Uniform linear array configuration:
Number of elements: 64
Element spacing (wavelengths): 0.5
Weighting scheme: binomial
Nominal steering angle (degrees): -30
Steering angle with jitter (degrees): -30.433
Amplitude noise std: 0.05
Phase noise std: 0.05

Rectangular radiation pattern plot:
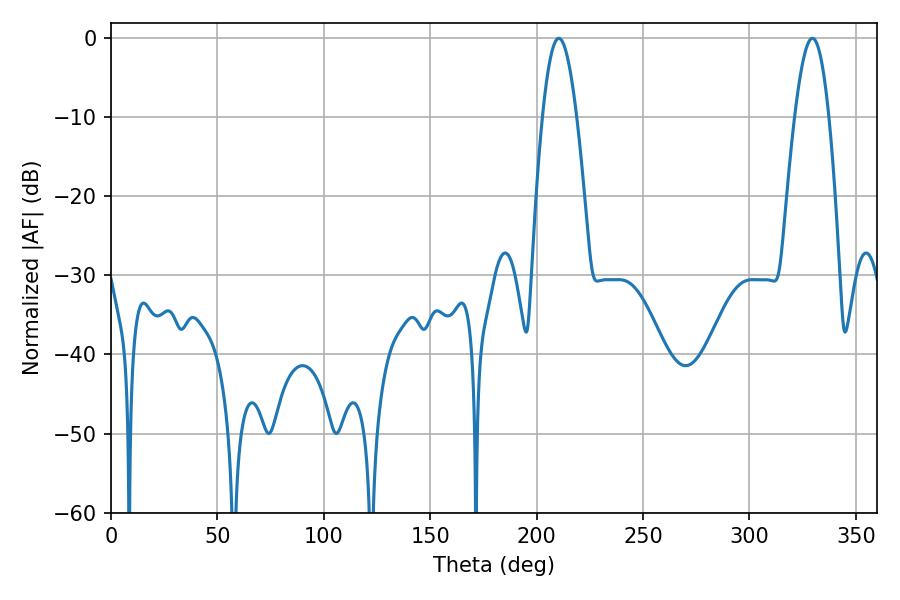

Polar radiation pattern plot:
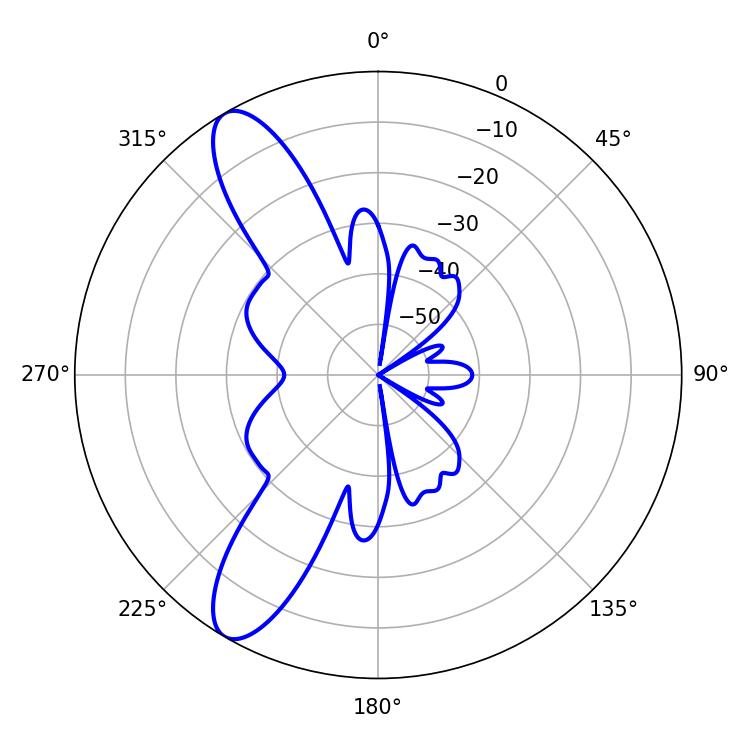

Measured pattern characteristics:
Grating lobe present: FALSE
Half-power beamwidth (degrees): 8.82
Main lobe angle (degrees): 210.42